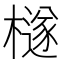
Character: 檖